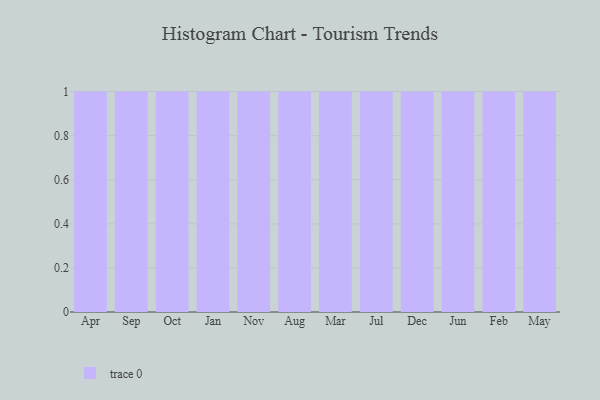
{"axis": {"x": "Month", "y": "Market Share (%)"}, "legend": [""], "data": [{"x": "Apr", "y": 64, "type": ""}, {"x": "Sep", "y": 64, "type": ""}, {"x": "Oct", "y": 50, "type": ""}, {"x": "Jan", "y": 91, "type": ""}, {"x": "Nov", "y": 38, "type": ""}, {"x": "Aug", "y": 54, "type": ""}, {"x": "Mar", "y": 75, "type": ""}, {"x": "Jul", "y": 19, "type": ""}, {"x": "Dec", "y": 26, "type": ""}, {"x": "Jun", "y": 13, "type": ""}, {"x": "Feb", "y": 99, "type": ""}, {"x": "May", "y": 36, "type": ""}]}